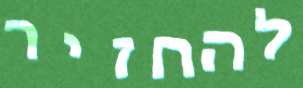
להחזיר